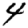
Digit: 4